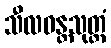
သီလဝန္တသုတ္တံ